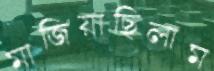
মাজিয়াছিলাম